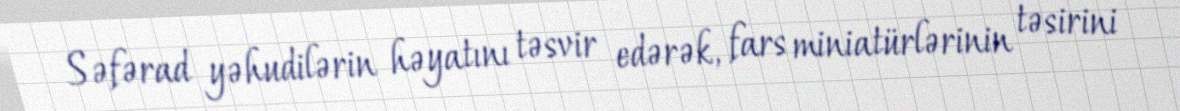
Səfərad yəhudilərin həyatını təsvir edərək, fars miniatürlərinin təsirini